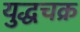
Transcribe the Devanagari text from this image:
युद्धचक्र